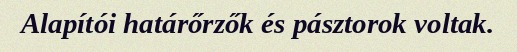
Alapítói határőrzők és pásztorok voltak.